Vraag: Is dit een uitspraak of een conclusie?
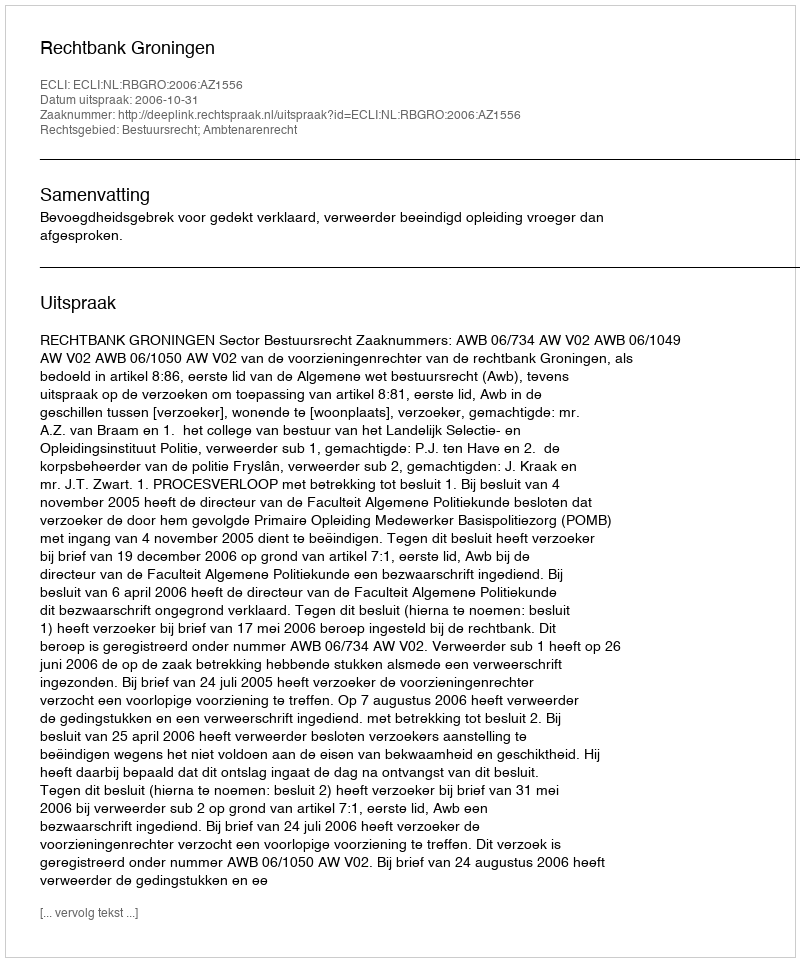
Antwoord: Uitspraak